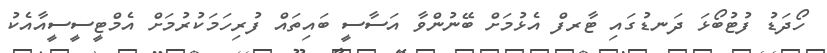
ހޯދަޑު ފުޓުބޯޅަ ދަނޑުގައި ޓާރފް އެޅުމަށް ބޭނުންވާ އަސާސީ ބައިތައް ފުރިހަމަކުރުމަށް އެމްޓީސީސީއާއެކު